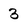
Character: 3